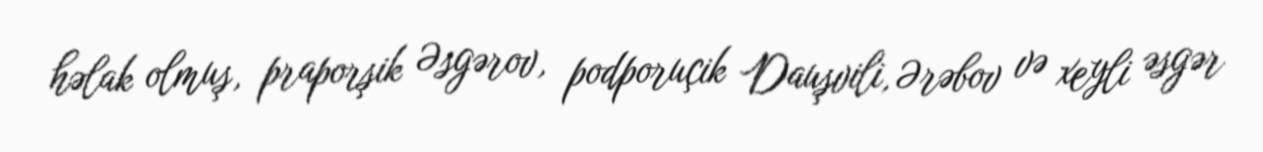
həlak olmuş, praporşik Əsgərov, podporuçik Dauşvili, Ərəbov və xeyli əsgər